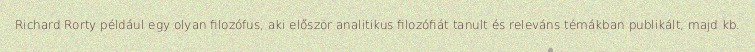
Richard Rorty például egy olyan filozófus, aki először analitikus filozófiát tanult és releváns témákban publikált, majd kb.